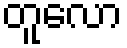
တူလော